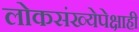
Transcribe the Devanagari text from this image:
लोकसंख्येपेक्षाही